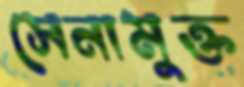
সেনামুক্ত